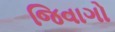
જિવાગો